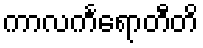
ကာလင်္ကရောတီတိ